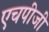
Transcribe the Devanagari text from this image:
एचपीजी